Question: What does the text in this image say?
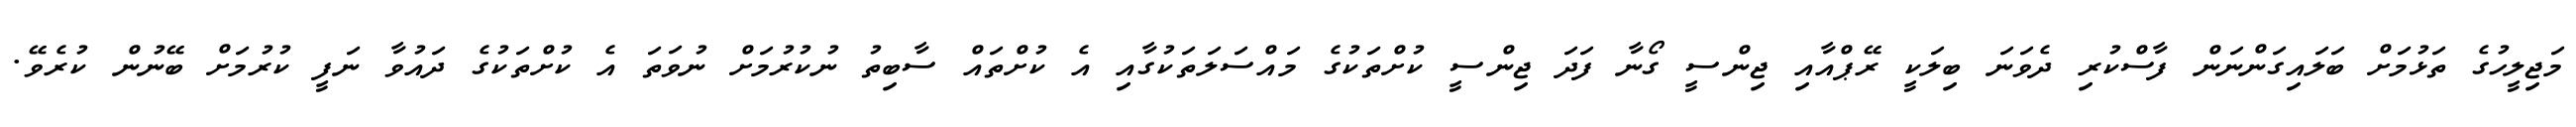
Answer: މަޖިލީހުގެ ތަޅުމަށް ބަލައިގަންނަން ފާސްކުރި ދެވަނަ ބިލަކީ ރޭޕްއާއި ޖިންސީ ގޯނާ ފަދަ ޖިންސީ ކުށްތަކުގެ މައްސަލަތަކުގާއި އެ ކުށްތައް ސާބިތު ނުކުރުމަށް ނުވަތަ އެ ކުށްތަކުގެ ދައުވާ ނަފީ ކުރުމަށް ބޭނުން ކުރެވޭ.